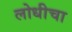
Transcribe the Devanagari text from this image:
लोधीचा